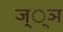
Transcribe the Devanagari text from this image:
ज््ञ